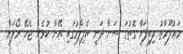
މަޢުލޫމާތު ލިބިފަވާ ގޮތުގަ ސަނާ ދަނީ އެފިލްމުގައި އޭނާ ކުޅެން ޖެހޭ ރޯލަށް